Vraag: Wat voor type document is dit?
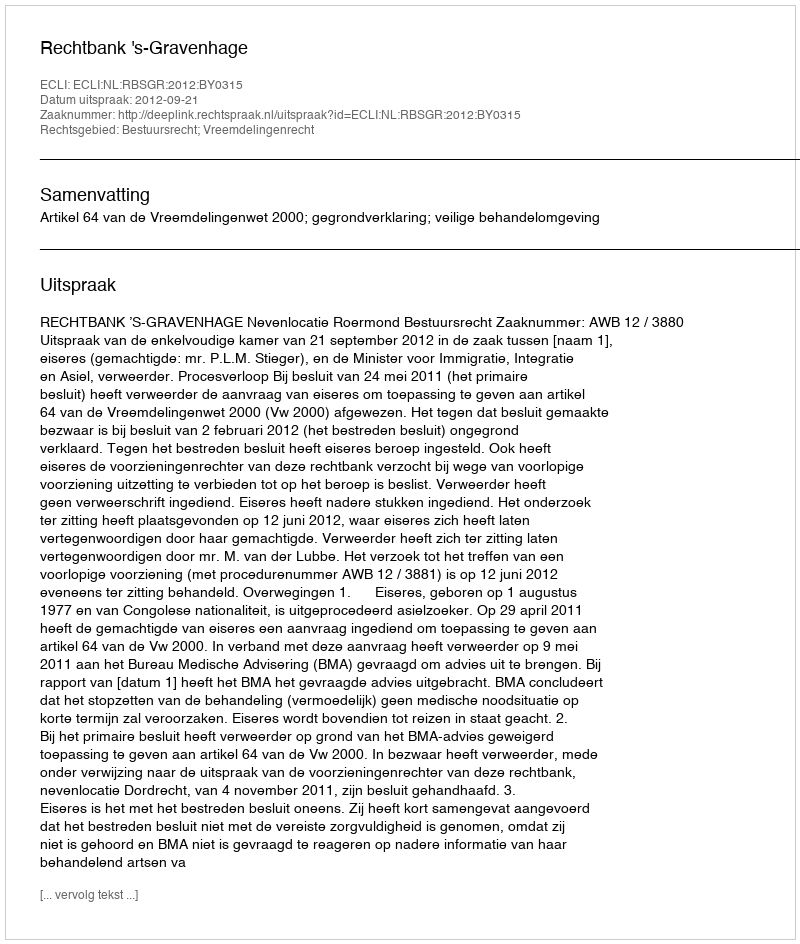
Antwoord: Uitspraak